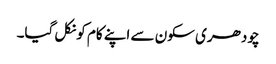
چودھری سکون سے اپنے کام کو نکل گیا۔